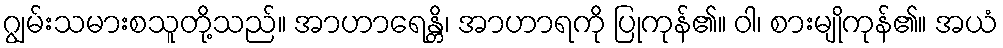
ဂျွမ်းသမားစသူတို့သည်။ အာဟာရေန္တိ၊ အာဟာရကို ပြုကုန်၏။ ဝါ၊ စားမျိုကုန်၏။ အယံ